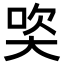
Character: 𪥒